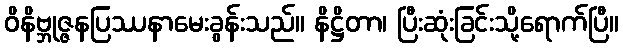
ဝိနိဗ္ဘုဇ္ဇနပြဿနာမေးခွန်းသည်။ နိဋ္ဌိတာ၊ ပြီးဆုံးခြင်းသို့ရောက်ပြီ။